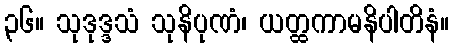
၃၆။ သုဒုဒ္ဒသံ သုနိပုဏံ၊ ယတ္ထကာမနိပါတိနံ။